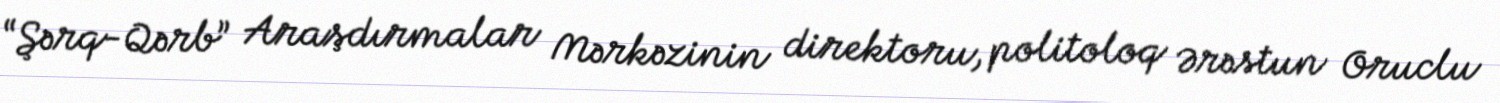
“Şərq-Qərb” Araşdırmalar Mərkəzinin direktoru, politoloq Ərəstun Oruclu